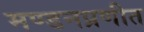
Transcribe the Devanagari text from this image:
मण्डनप्रणीत